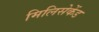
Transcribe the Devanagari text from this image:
मिलिसेकेंड